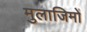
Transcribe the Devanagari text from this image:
मुलाजिमों